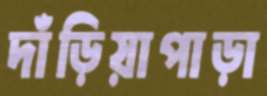
দাঁড়িয়াপাড়া